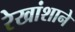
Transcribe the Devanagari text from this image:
रेखांशाने